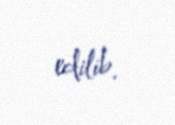
edilib.